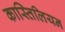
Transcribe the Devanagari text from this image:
कास्तिलियन